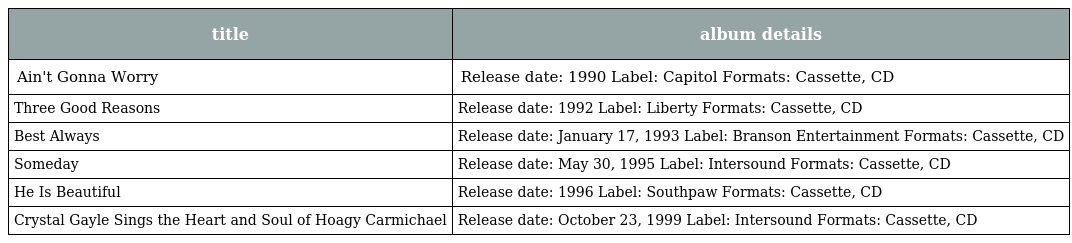
| title | album details |
 | --- | --- |
 | Ain't Gonna Worry | Release date: 1990 Label: Capitol Formats: Cassette, CD |
 | Three Good Reasons | Release date: 1992 Label: Liberty Formats: Cassette, CD |
 | Best Always | Release date: January 17, 1993 Label: Branson Entertainment Formats: Cassette, CD |
 | Someday | Release date: May 30, 1995 Label: Intersound Formats: Cassette, CD |
 | He Is Beautiful | Release date: 1996 Label: Southpaw Formats: Cassette, CD |
 | Crystal Gayle Sings the Heart and Soul of Hoagy Carmichael | Release date: October 23, 1999 Label: Intersound Formats: Cassette, CD |